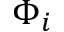
\Phi _ { i }